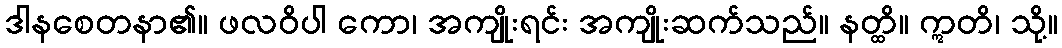
ဒါနစေတနာ၏။ ဖလဝိပါ ကော၊ အကျိုးရင်း အကျိုးဆက်သည်။ နတ္ထိ။ ဣတိ၊ သို့။